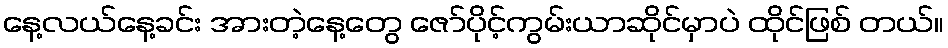
နေ့လယ်နေ့ခင်း အားတဲ့နေ့တွေ ဇော်ပိုင့်ကွမ်းယာဆိုင်မှာပဲ ထိုင်ဖြစ် တယ်။